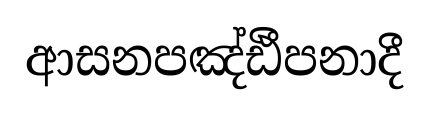
ආසනපඤ්ඪීපනාදී